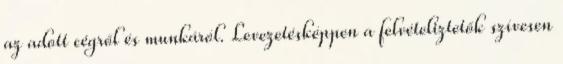
az adott cégről és munkáról. Levezetésképpen a felvételiztetők szívesen